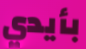
بأيدي